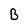
Character: B